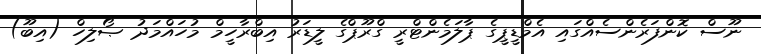
ނޫސް ކޮންފަރެންސެއްގައި އެމްޑީޕީގެ ޕާލަމެންޓްރީ ގްރޫޕްގެ ލީޑަރު އިބްރާހީމް މުހައްމަދު ޞޯލިހް (އިބޫ)